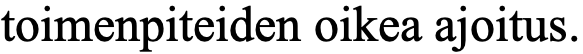
toimenpiteiden oikea ajoitus.